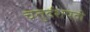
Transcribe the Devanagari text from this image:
चतुर्दशपदी